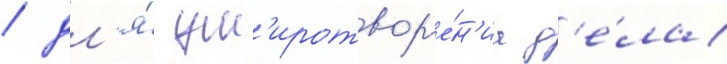
/ дл'я́ ум'иротвор'е́н'иа д'е́ла